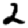
Digit: 2